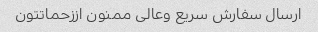
ارسال سفارش سریع وعالی ممنون اززحماتتون